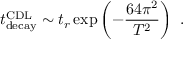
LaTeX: t _ { \mathrm { d e c a y } } ^ { \mathrm { C D L } } \sim t _ { r } \exp \left( - { \frac { 6 4 \pi ^ { 2 } } { T ^ { 2 } } } \right) \ .